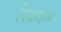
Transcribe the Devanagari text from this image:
रिप्राइज